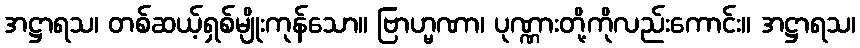
အဋ္ဌာရသ၊ တစ်ဆယ့်ရှစ်မျိုးကုန်သော။ ဗြာဟ္မဏာ၊ ပုဏ္ဏားတို့ကိုလည်းကောင်း။ အဋ္ဌာရသ၊